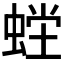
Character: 𰳇